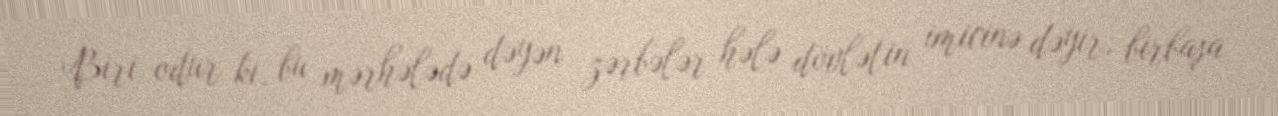
Biri odur ki, bu mərhələdə dəyən zərbələr hələ dövlətin imicinə dəyir, birbaşa